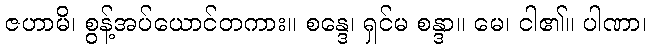
ဇဟာမိ၊ စွန့်အပ်ယောင်တကား။ စန္ဒေ၊ ရှင်မ စန္ဒာ။ မေ၊ ငါ၏။ ပါဏာ၊